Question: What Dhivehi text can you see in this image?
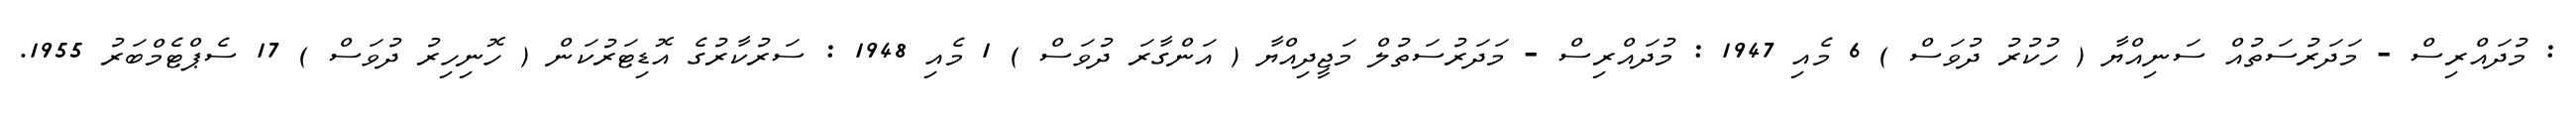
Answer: : މުދައްރިސް - މަދަރުސަތުއް ސަނިއްޔާ ( ހުކުރު ދުވަސް ) 6 މެއި 1947 : މުދައްރިސް - މަދަރުސަތުލް މަޖީދިއްޔާ ( އަންގާރަ ދުވަސް ) 1 މެއި 1948 : ސަރުކާރުގެ އޮޑިޓަރުކަން ( ހޮނިހިރު ދުވަސް ) 17 ސެޕްޓެމްބަރު 1955.